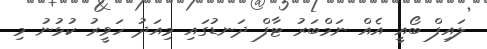
ލައިފް ބޯއީ އެއް ނަމްބަރު ޓާފް ދަނޑުގައި މިއަދު ހަވީރު ކުޅުނު މި